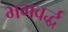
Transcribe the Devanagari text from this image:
भगवर्द्ध